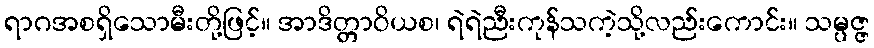
ရာဂအစရှိသောမီးတို့ဖြင့်။ အာဒိတ္တာဝိယစ၊ ရဲရဲညီးကုန်သကဲ့သို့လည်းကောင်း။ သမ္ပဇ္ဇ